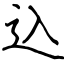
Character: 込